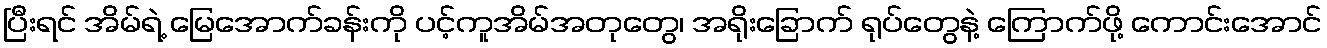
ပြီးရင် အိမ်ရဲ့ မြေအောက်ခန်းကို ပင့်ကူအိမ်အတုတွေ၊ အရိုးခြောက် ရုပ်တွေနဲ့ ကြောက်ဖို့ ကောင်းအောင်